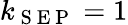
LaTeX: k_{\mathrm{~S~E~P~}}=1